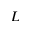
L